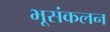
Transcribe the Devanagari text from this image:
भूसंकलन